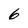
Character: 6